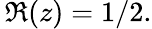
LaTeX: \, \Re(z)=1/2.